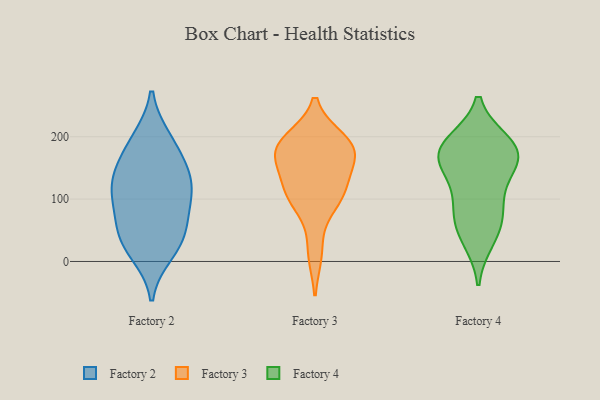
{"axis": {"x": "Latency (ms)", "y": "Value"}, "legend": ["Factory 2", "Factory 3", "Factory 4"], "data": [{"x": "", "y": 188, "type": "Factory 2"}, {"x": "", "y": 89, "type": "Factory 2"}, {"x": "", "y": 153, "type": "Factory 2"}, {"x": "", "y": 116, "type": "Factory 2"}, {"x": "", "y": 130, "type": "Factory 2"}, {"x": "", "y": 195, "type": "Factory 2"}, {"x": "", "y": 134, "type": "Factory 2"}, {"x": "", "y": 31, "type": "Factory 2"}, {"x": "", "y": 15, "type": "Factory 2"}, {"x": "", "y": 97, "type": "Factory 2"}, {"x": "", "y": 49, "type": "Factory 2"}, {"x": "", "y": 43, "type": "Factory 2"}, {"x": "", "y": 115, "type": "Factory 3"}, {"x": "", "y": 173, "type": "Factory 3"}, {"x": "", "y": 91, "type": "Factory 3"}, {"x": "", "y": 189, "type": "Factory 3"}, {"x": "", "y": 110, "type": "Factory 3"}, {"x": "", "y": 116, "type": "Factory 3"}, {"x": "", "y": 194, "type": "Factory 3"}, {"x": "", "y": 14, "type": "Factory 3"}, {"x": "", "y": 172, "type": "Factory 3"}, {"x": "", "y": 164, "type": "Factory 3"}, {"x": "", "y": 184, "type": "Factory 3"}, {"x": "", "y": 186, "type": "Factory 4"}, {"x": "", "y": 187, "type": "Factory 4"}, {"x": "", "y": 170, "type": "Factory 4"}, {"x": "", "y": 50, "type": "Factory 4"}, {"x": "", "y": 165, "type": "Factory 4"}, {"x": "", "y": 35, "type": "Factory 4"}, {"x": "", "y": 191, "type": "Factory 4"}, {"x": "", "y": 153, "type": "Factory 4"}, {"x": "", "y": 85, "type": "Factory 4"}, {"x": "", "y": 110, "type": "Factory 4"}, {"x": "", "y": 158, "type": "Factory 4"}, {"x": "", "y": 74, "type": "Factory 4"}]}